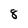
Character: 8